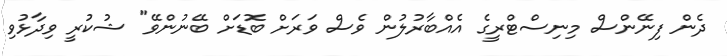
ދެން ފިނޭންސް މިނިސްޓްރީގެ އެއްބާރުލުން ވެސް ވަރަށް ބޮޑަށް ބޭނުންވޭ" ޝުކުރީ ވިދާޅުވި